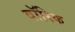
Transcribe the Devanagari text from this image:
वॉरिक